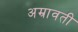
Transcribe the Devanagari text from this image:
अम्रावती